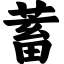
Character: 蓄